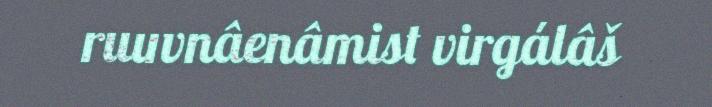
ruuvnâenâmist virgálâš